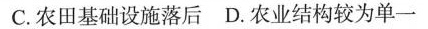
C.农田基础设施落后 D.农业结构较为单一